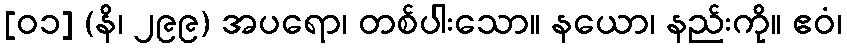
[၀၁] (နိ၊ ၂၉၉) အပရော၊ တစ်ပါးသော။ နယော၊ နည်းကို။ ဧဝံ၊